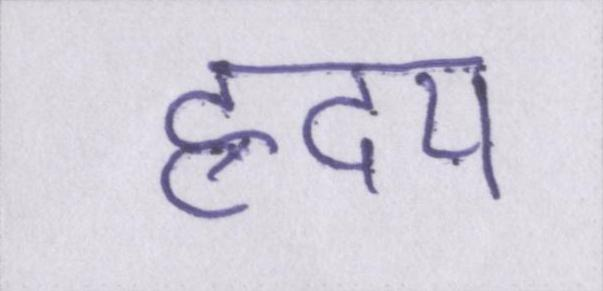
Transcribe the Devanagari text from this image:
ह्रदय